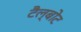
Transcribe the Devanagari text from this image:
टैल्बोट